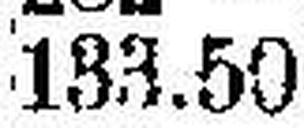
133.50